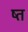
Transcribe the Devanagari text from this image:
ष्त